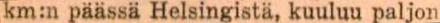
km:n päässä Helsingistä, kuuluu paljon